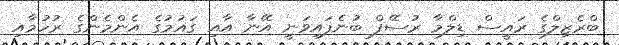
ބްރެޒިލްގެ ރައީސް ޑިލްމާ ރުސޭފް ބުނެފައިވަނީ އޭނާ އާއި ގައުމުގެ އެންމެންގެ ރުހުމާއި